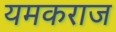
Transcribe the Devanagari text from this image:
यमकराज